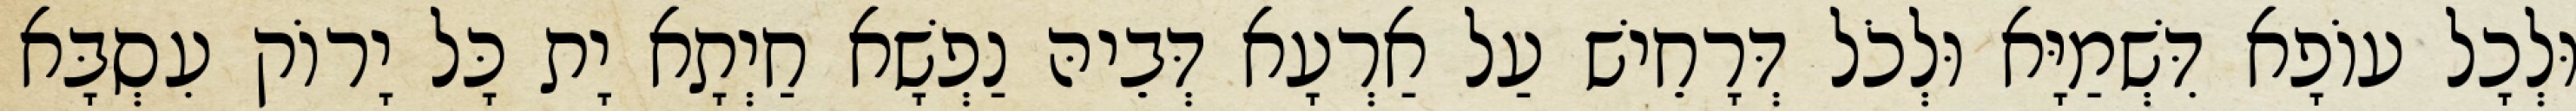
וּלְכָל עוֹפָא דִּשְׁמַיָּא וּלְכֹל דְּרָחֵישׁ עַל אַרְעָא דְּבֵיהּ נַפְשָׁא חַיְתָא יָת כָּל יָרוֹק עִסְבָּא